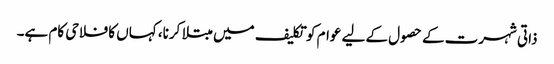
ذاتی شہرت کے حصول کے لیے عوام کو تکلیف میں مبتلا کرنا، کہاں کا فلاحی کام ہے۔